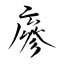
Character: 瘮